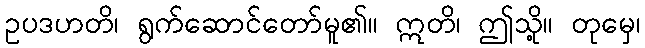
ဥပဒဟတိ၊ ရွက်ဆောင်တော်မူ၏။ ဣတိ၊ ဤသို့။ တုမှေ၊